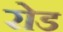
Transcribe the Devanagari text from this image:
रोड